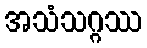
အသံသဂ္ဂဿ